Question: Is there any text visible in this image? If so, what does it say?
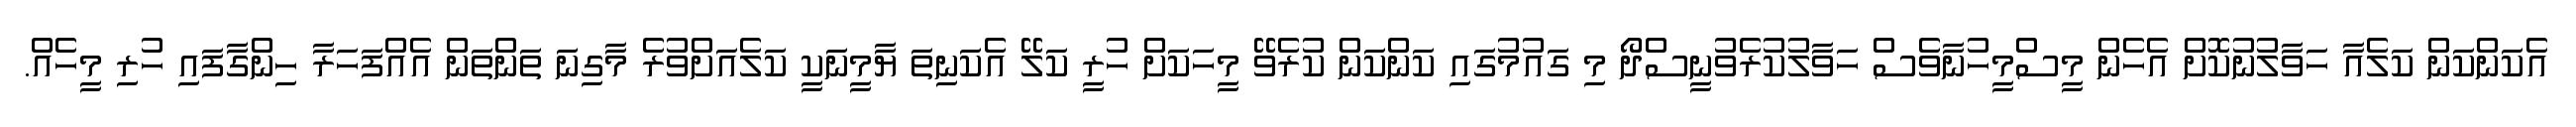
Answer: އެކަންކަން ކަލެއާ ހަވާލުނުކޮށް އެހެން މީސްމީހުނާވެސް ހަވާލުކުރެވުނީސްދޯ މި ގައުމުގައި ކަންކަން ކުރެވޭ މީހަކަށް ހުރީ ކަލޭ އެކަނިތަ ޔާމީނަކީ ކަލެއަށްވުރެ މާގިނަ ތަންތަން އެއްފަހަރާ ހިންގާފައި ހުރި މީހެއް.